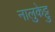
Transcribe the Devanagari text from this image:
नालुकेट्टु